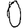
Digit: 0